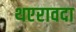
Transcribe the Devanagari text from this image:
थएरावदा